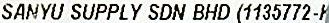
SANYU SUPPLY SDN BHD (1135772-K)